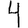
Digit: 4